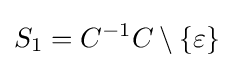
S_{1}=C^{-1}C\setminus \{\varepsilon \}